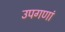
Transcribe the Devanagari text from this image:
उपगणां